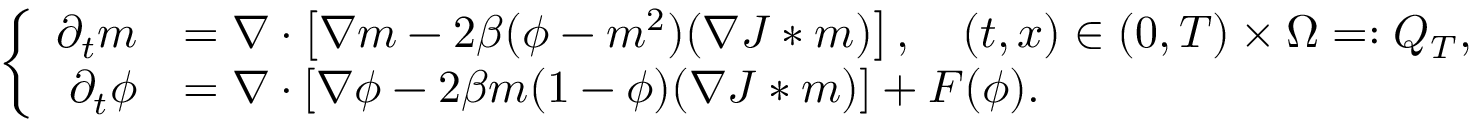
\left\lbrace \begin{array} { r l } { \partial _ { t } m } & { = \nabla \cdot \left[ \nabla m - 2 \beta ( \phi - m ^ { 2 } ) ( \nabla J * m ) \right] , \quad ( t , x ) \in ( 0 , T ) \times \Omega = : Q _ { T } , } \\ { \partial _ { t } \phi } & { = \nabla \cdot \left[ \nabla \phi - 2 \beta m ( 1 - \phi ) ( \nabla J * m ) \right] + F ( \phi ) . } \end{array} \right.